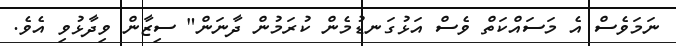
ނަމަވެސް އެ މަސައްކަތް ވެސް އަޅުގަނޑުމެން ކުރަމުން ދާނަން" ސިޒާން ވިދާޅުވި އެވެ.